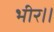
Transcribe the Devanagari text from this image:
भीर।।